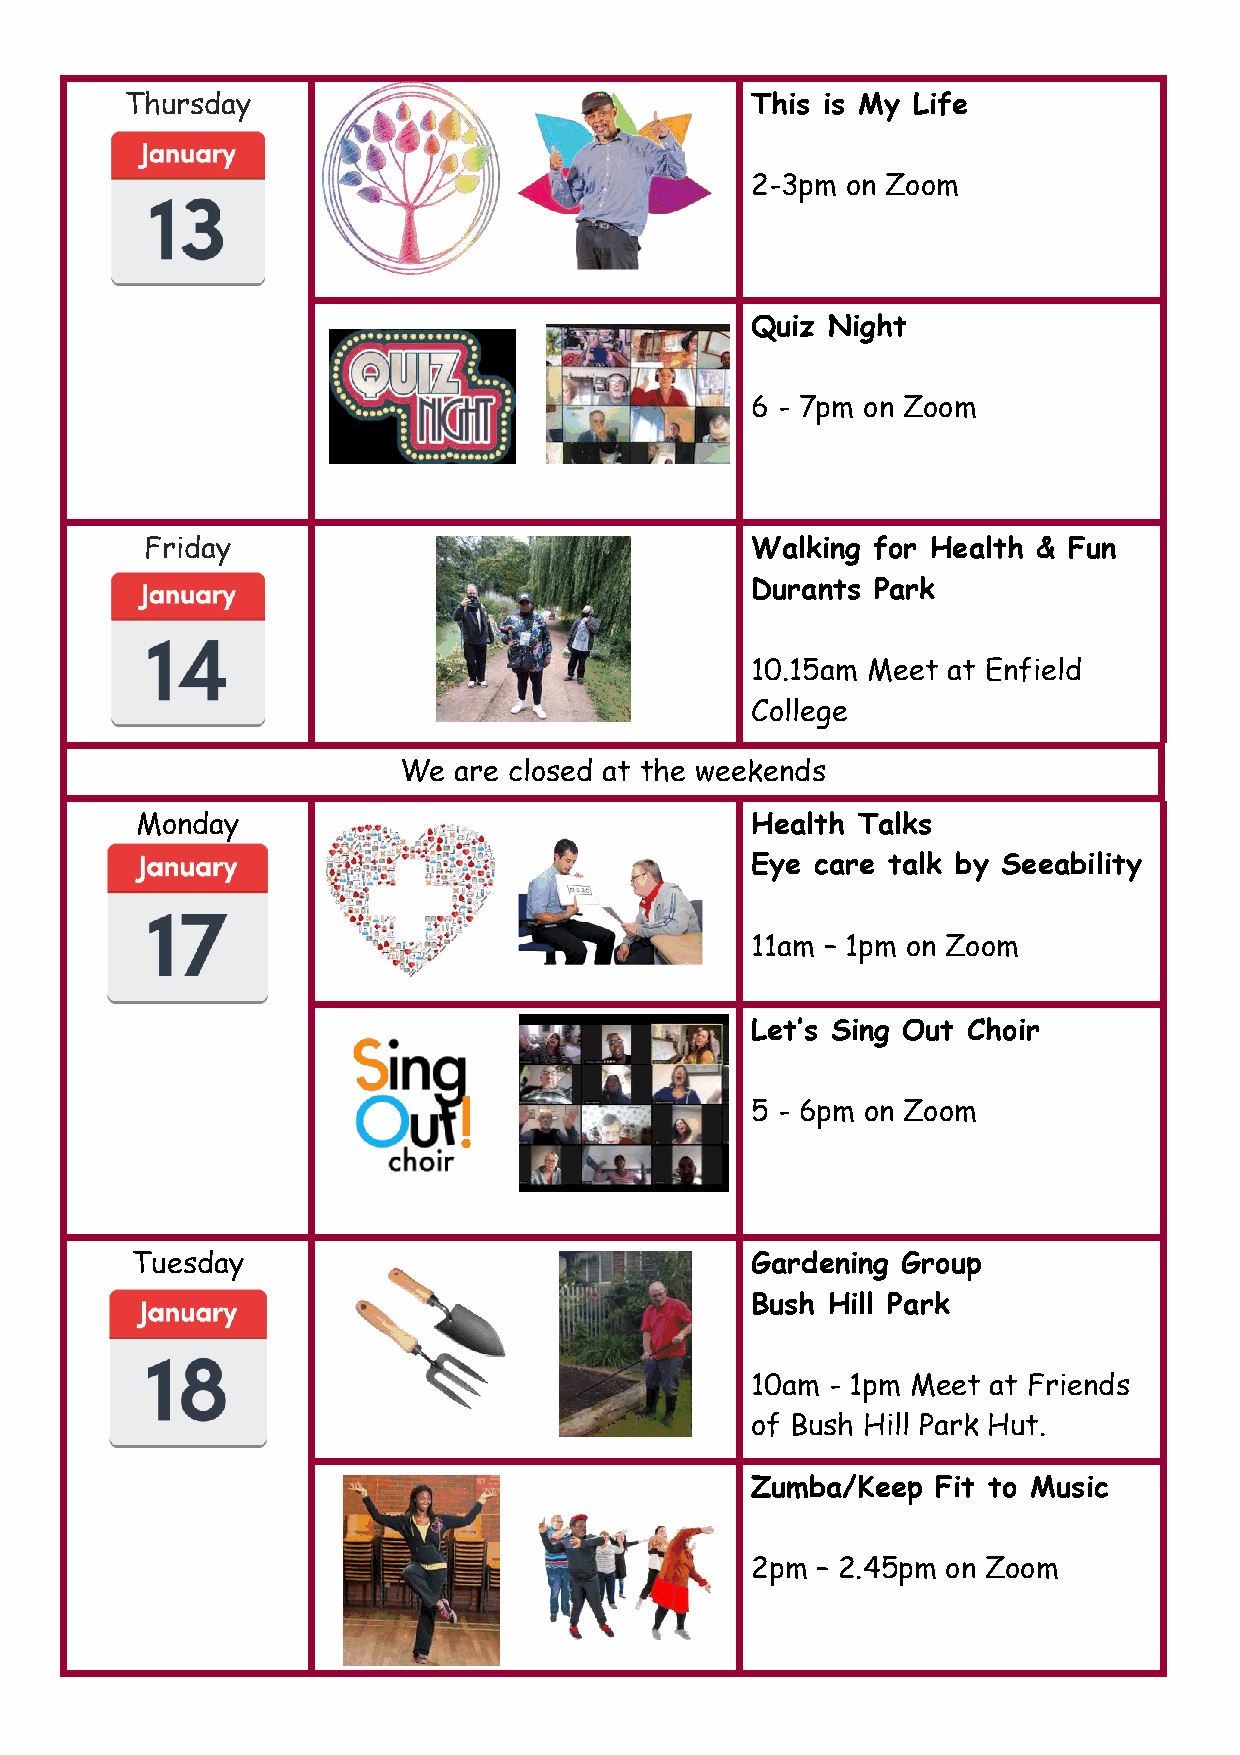
Thursday                                  This is My Life
 2-3pm on Zoom
 Quiz Night
 6 - 7pm on Zoom
 Friday                                  Walking for Health & Fun
 Durants Park
 10.15am Meet at Enfield
 College
 We  are closed at the weekends
 Monday                                   Health Talks
 Eye care talk by Seeability
 11am – 1pm on Zoom
 Let’s Sing Out Choir
 5 - 6pm on Zoom
 Tuesday                                  Gardening Group
 Bush Hill Park
 10am - 1pm Meet at Friends
 of Bush Hill Park Hut.
 Zumba/Keep  Fit to Music
 2pm – 2.45pm on Zoom